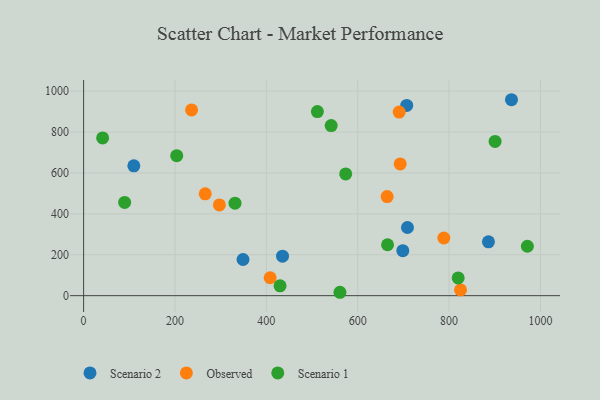
{"axis": {"x": "Distance", "y": "Profit"}, "legend": ["Observed", "Scenario 1", "Scenario 2"], "data": [{"x": "435.4", "y": 193.0, "type": "Scenario 2"}, {"x": "886.2", "y": 263.1, "type": "Scenario 2"}, {"x": "708.9", "y": 333.3, "type": "Scenario 2"}, {"x": "109.9", "y": 635.0, "type": "Scenario 2"}, {"x": "348.9", "y": 176.9, "type": "Scenario 2"}, {"x": "707.3", "y": 930.2, "type": "Scenario 2"}, {"x": "698.7", "y": 220.1, "type": "Scenario 2"}, {"x": "936.6", "y": 958.0, "type": "Scenario 2"}, {"x": "236.3", "y": 907.9, "type": "Observed"}, {"x": "664.4", "y": 484.3, "type": "Observed"}, {"x": "266.2", "y": 498.0, "type": "Observed"}, {"x": "690.8", "y": 897.7, "type": "Observed"}, {"x": "693.0", "y": 644.1, "type": "Observed"}, {"x": "408.3", "y": 87.6, "type": "Observed"}, {"x": "297.2", "y": 443.7, "type": "Observed"}, {"x": "825.1", "y": 28.1, "type": "Observed"}, {"x": "788.5", "y": 282.0, "type": "Observed"}, {"x": "665.3", "y": 249.0, "type": "Scenario 1"}, {"x": "511.7", "y": 900.0, "type": "Scenario 1"}, {"x": "819.9", "y": 86.7, "type": "Scenario 1"}, {"x": "971.4", "y": 241.7, "type": "Scenario 1"}, {"x": "541.9", "y": 831.6, "type": "Scenario 1"}, {"x": "331.4", "y": 452.0, "type": "Scenario 1"}, {"x": "41.6", "y": 771.4, "type": "Scenario 1"}, {"x": "430.0", "y": 47.9, "type": "Scenario 1"}, {"x": "203.8", "y": 684.6, "type": "Scenario 1"}, {"x": "900.7", "y": 754.3, "type": "Scenario 1"}, {"x": "89.8", "y": 455.9, "type": "Scenario 1"}, {"x": "561.1", "y": 16.6, "type": "Scenario 1"}, {"x": "573.7", "y": 595.3, "type": "Scenario 1"}]}